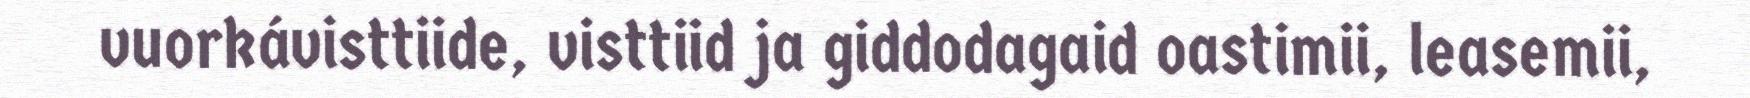
vuorkávisttiide, visttiid ja giddodagaid oastimii, leasemii,